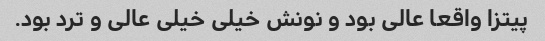
پیتزا واقعا عالی بود و نونش خیلی خیلی عالی و ترد بود.